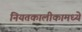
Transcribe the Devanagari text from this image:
नियतकालीकामध्ये